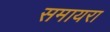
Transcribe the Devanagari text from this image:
समायरा